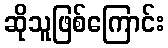
ဆိုသူဖြစ်ကြောင်း